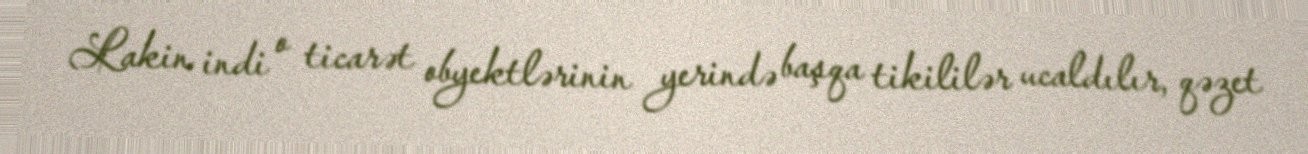
Lakin indi o ticarət obyektlərinin yerində başqa tikililər ucaldılır, qəzet